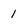
Character: 1